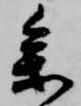
参